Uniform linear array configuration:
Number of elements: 16
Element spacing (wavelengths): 1
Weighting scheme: blackman
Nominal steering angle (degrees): -60
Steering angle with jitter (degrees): -58.48
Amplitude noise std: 0.05
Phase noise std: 0.05

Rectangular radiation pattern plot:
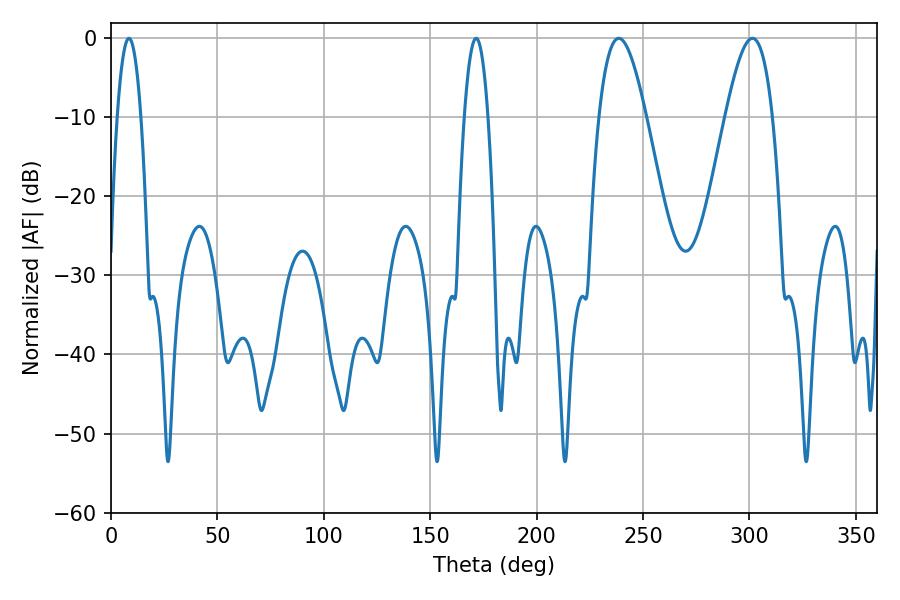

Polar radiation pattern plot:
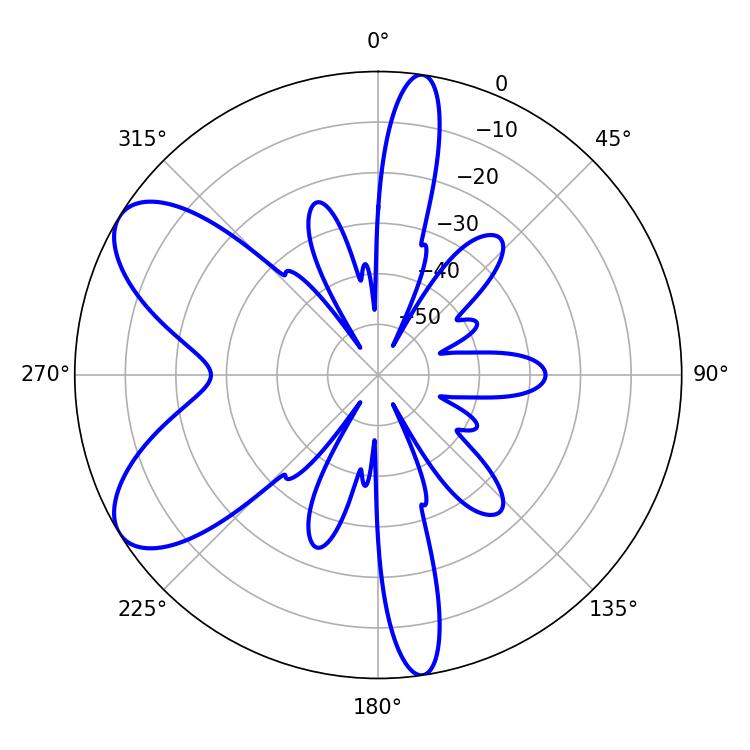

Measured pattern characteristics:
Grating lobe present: TRUE
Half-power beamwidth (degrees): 6.12
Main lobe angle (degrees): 8.46